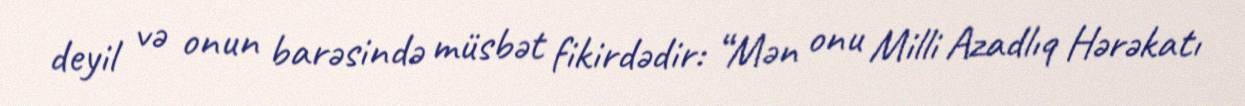
deyil və onun barəsində müsbət fikirdədir: “Mən onu Milli Azadlıq Hərəkatı